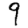
Digit: 9